Leprosy in India: report of the Leprosy Commission in India, 1890-91
Year: 1890
Disease focus: Leprosy
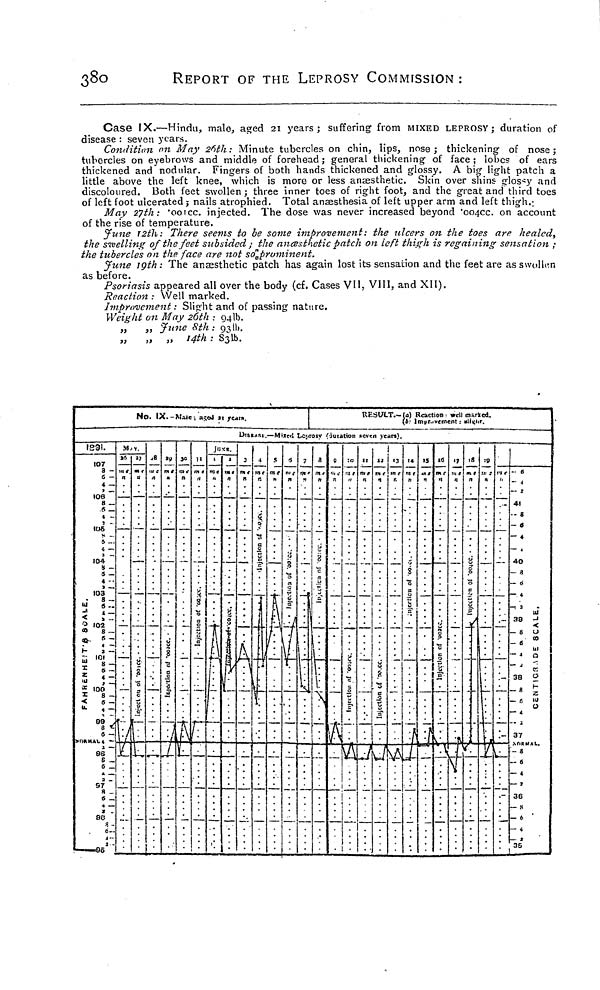
380
REPORT OF THE LEPROSY COMMISSION :
Case IX.—Hindu, male, aged 21 years; suffering from MIXED LEPROSY ; duration of
disease : seven years.
Condition on May 26th : Minute tubercles on chin, lips, nose ; thickening of nose ;
tubercles on eyebrows and middle of forehead ; general thickening of face ; lobes of ears
thickened and nodular. Fingers of both hands thickened and glossy. A big light patch a
little above the left knee, which is more or less anæsthetic. Skin over shins glossy and
discoloured. Both feet swollen; three inner toes of right foot, and the great and third toes
of left foot ulcerated ; nails atrophied. Total anæsthesia of left upper arm and left thigh.;
May 27th: '001cc. injected. The dose was never increased beyond "004cc:. on account
of the rise of temperature.
June 12th: There seems to be some improvement: the ulcers on the toes are healed,
the swelling of the feet subsided ; the anæsthetic patch on left thigh is regaining sensation ;
the tubercles on the face are not so prominent.
June 19th : The anaesthetic patch has again lost its sensation and the feet are as swollen
as before.
Psoriasis appeared all over the body (cf. Cases VII, VIII, and XII).
Reaction : Well marked.
Improvement : Slight and of passing nature.
Weight on May 26th 94lb.
,, ,, June 8th : 93lb.
„
„ „ 14th : S3lb.